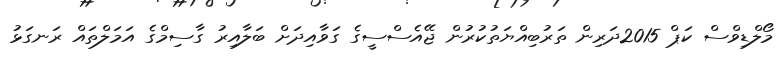
މޯލްޑިވްސް ކަޕް 2015ދަރިން ތަރުބިއްޔަތުކުރުން ޖޭއެސްސީގެ ގަވާއިދަށް ބަލާއިރު ގާސިމްގެ އަމަލްތައް ރަނގަޅު